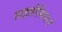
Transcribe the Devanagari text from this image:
साइलीसिया।